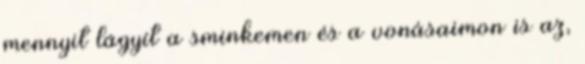
mennyit lágyít a sminkemen és a vonásaimon is az,